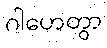
ဂါဟေတွာ